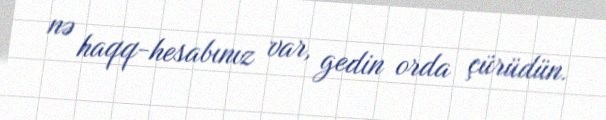
nə haqq-hesabınız var, gedin orda çürüdün.